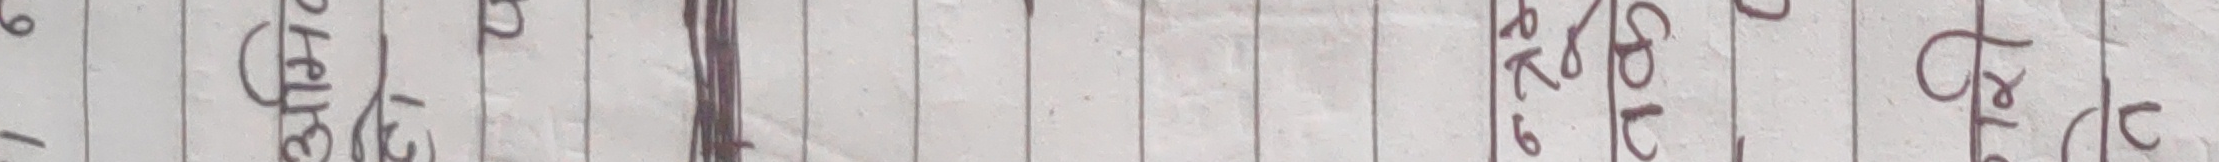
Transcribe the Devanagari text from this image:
6 1 (हेले 1 ड के 8 ड प्रलु उ